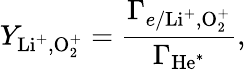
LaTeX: Y_{\mathrm{Li^{+},O_{2}^{+}}}=\frac{\Gamma_{e/\mathrm{Li^{+},O_{2}^{+}}}}{\Gamma_{\mathrm{He^{*}}}},